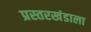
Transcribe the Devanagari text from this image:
प्रस्तरखंडाला